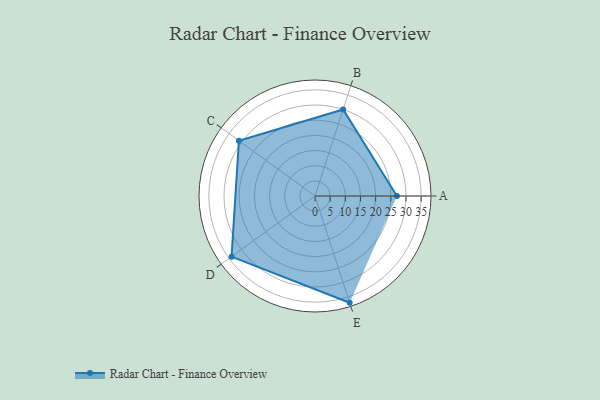
{"axis": {"x": "Skill", "y": "Score"}, "legend": ["Profile"], "data": [{"x": "A", "y": 27.0, "type": "Profile"}, {"x": "B", "y": 30.0, "type": "Profile"}, {"x": "C", "y": 31.0, "type": "Profile"}, {"x": "D", "y": 34.0, "type": "Profile"}, {"x": "E", "y": 37.0, "type": "Profile"}]}